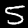
Label: 5